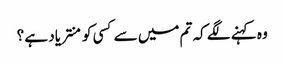
وہ کہنے لگے کہ تم میں سے کسی کو منتر یاد ہے ؟